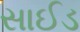
સાઈડ